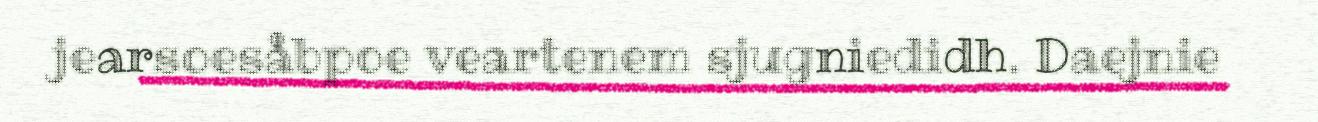
jearsoesåbpoe veartenem sjugniedidh. Daejnie